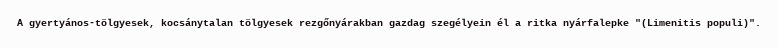
A gyertyános-tölgyesek, kocsánytalan tölgyesek rezgőnyárakban gazdag szegélyein él a ritka nyárfalepke "(Limenitis populi)".